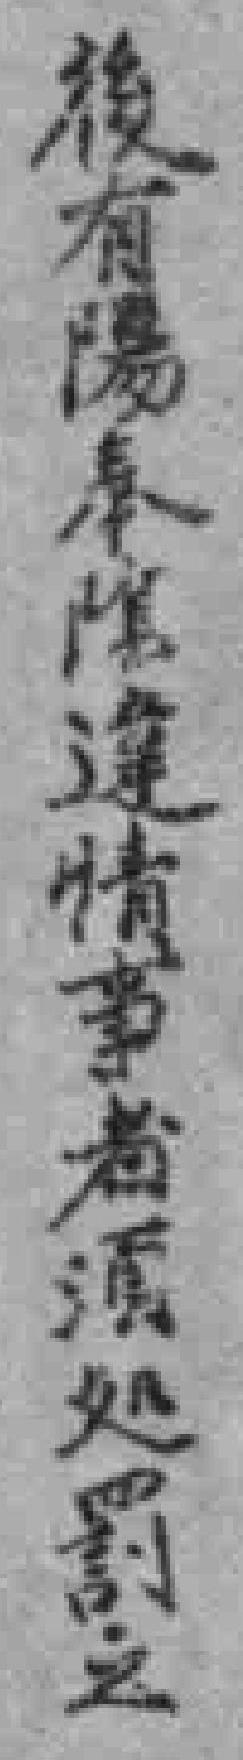
後有陽奉陰違情事者処罰之